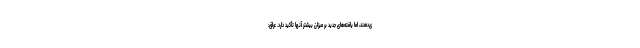
ی‌دهند، اما یافته‌های جدید بر میزان بیشتر آنها تأکید دارد. عراق: